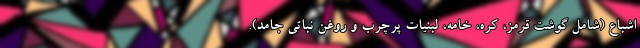
اشباع (شامل گوشت قرمز، کره، خامه، لبنیات پرچرب و روغن نباتی جامد).